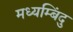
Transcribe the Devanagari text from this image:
मध्यम्बिंदु